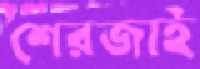
শেরজাই